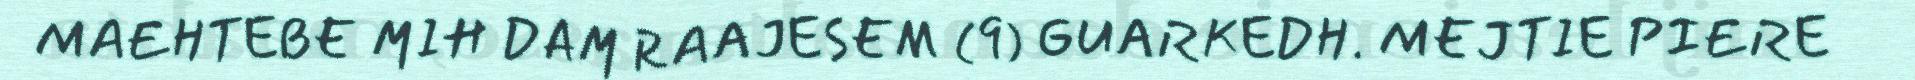
MAEHTEBE MIH DAM RAAJESEM (9) GUARKEDH. MEJTIE PIERE